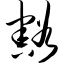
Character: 豁